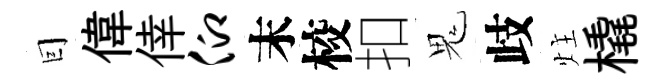
囙偉倖仰末校扣鬼歧炷橇